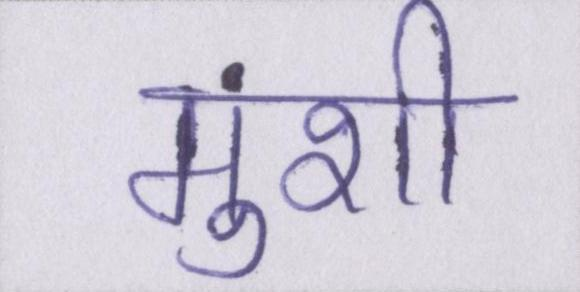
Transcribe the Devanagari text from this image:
मुंशी